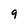
Character: 9